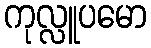
ကုလ္လူပမော